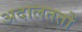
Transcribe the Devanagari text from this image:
अदालततों